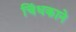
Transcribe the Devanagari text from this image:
चिंधकाने